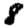
Digit: 8